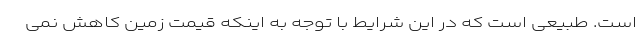
است. طبیعی است که در این شرایط با توجه به اینکه قیمت زمین کاهش نمی